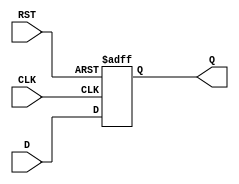
module data_register (
    input wire [n-1:0] D,      // Data input, n-bit wide
    input wire CLK,            // Clock input
    input wire RST,            // Reset input
    output reg [n-1:0] Q       // Data output, n-bit wide
);
    parameter n = 8;           // Example width of the register (default to 8 bits)

    // Asynchronous reset and clocking behavior
    always @(posedge CLK or posedge RST) begin
        if (RST) begin
            Q <= {n{1'b0}};     // Reset output to 0
        end else begin
            Q <= D;             // Capture input data on rising clock edge
        end
    end
endmodule